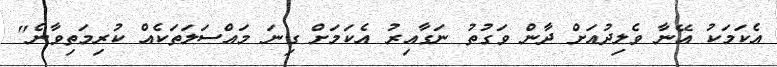
އެކަމަކު އޭނާ ވެލިދުއަށް ދާން ވަގުތު ނަގާއިރު އެކަމަށް ގިނަ މައްސަލަތަކެއް ކުރިމަތިވާނެ"